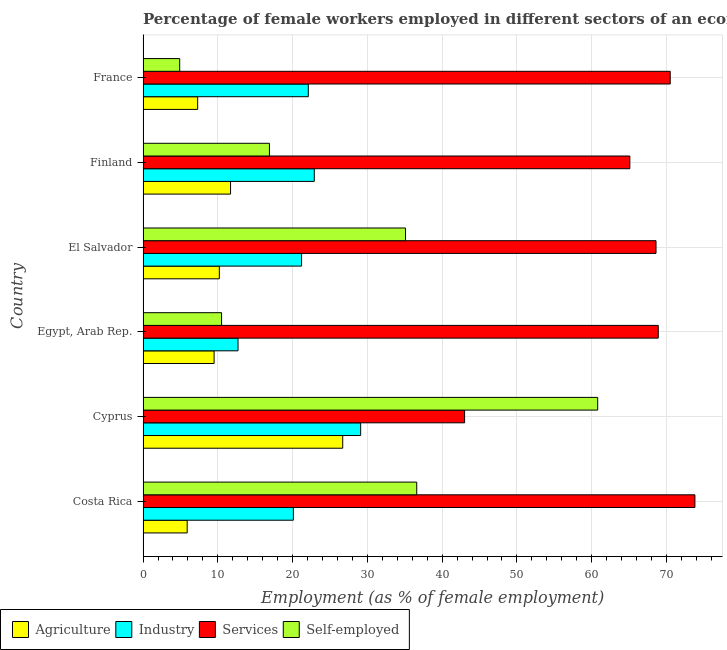
| Country | Agriculture | Industry | Services | Self-employed |
 | --- | --- | --- | --- | --- |
 | Costa Rica | 5.9 | 20.1 | 73.8 | 36.6 |
 | Cyprus | 26.7 | 29.1 | 43 | 60.8 |
 | Egypt, Arab Rep. | 9.5 | 12.7 | 68.9 | 10.5 |
 | El Salvador | 10.2 | 21.2 | 68.6 | 35.1 |
 | Finland | 11.7 | 22.9 | 65.1 | 16.9 |
 | France | 7.3 | 22.1 | 70.5 | 4.9 |